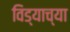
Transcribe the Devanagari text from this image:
विड्याच्‍या